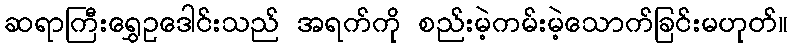
ဆရာကြီးရွှေဥဒေါင်းသည် အရက်ကို စည်းမဲ့ကမ်းမဲ့သောက်ခြင်းမဟုတ်။